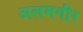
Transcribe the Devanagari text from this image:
अलमगीर